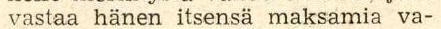
vastaa hänen itsensä maksamia va-